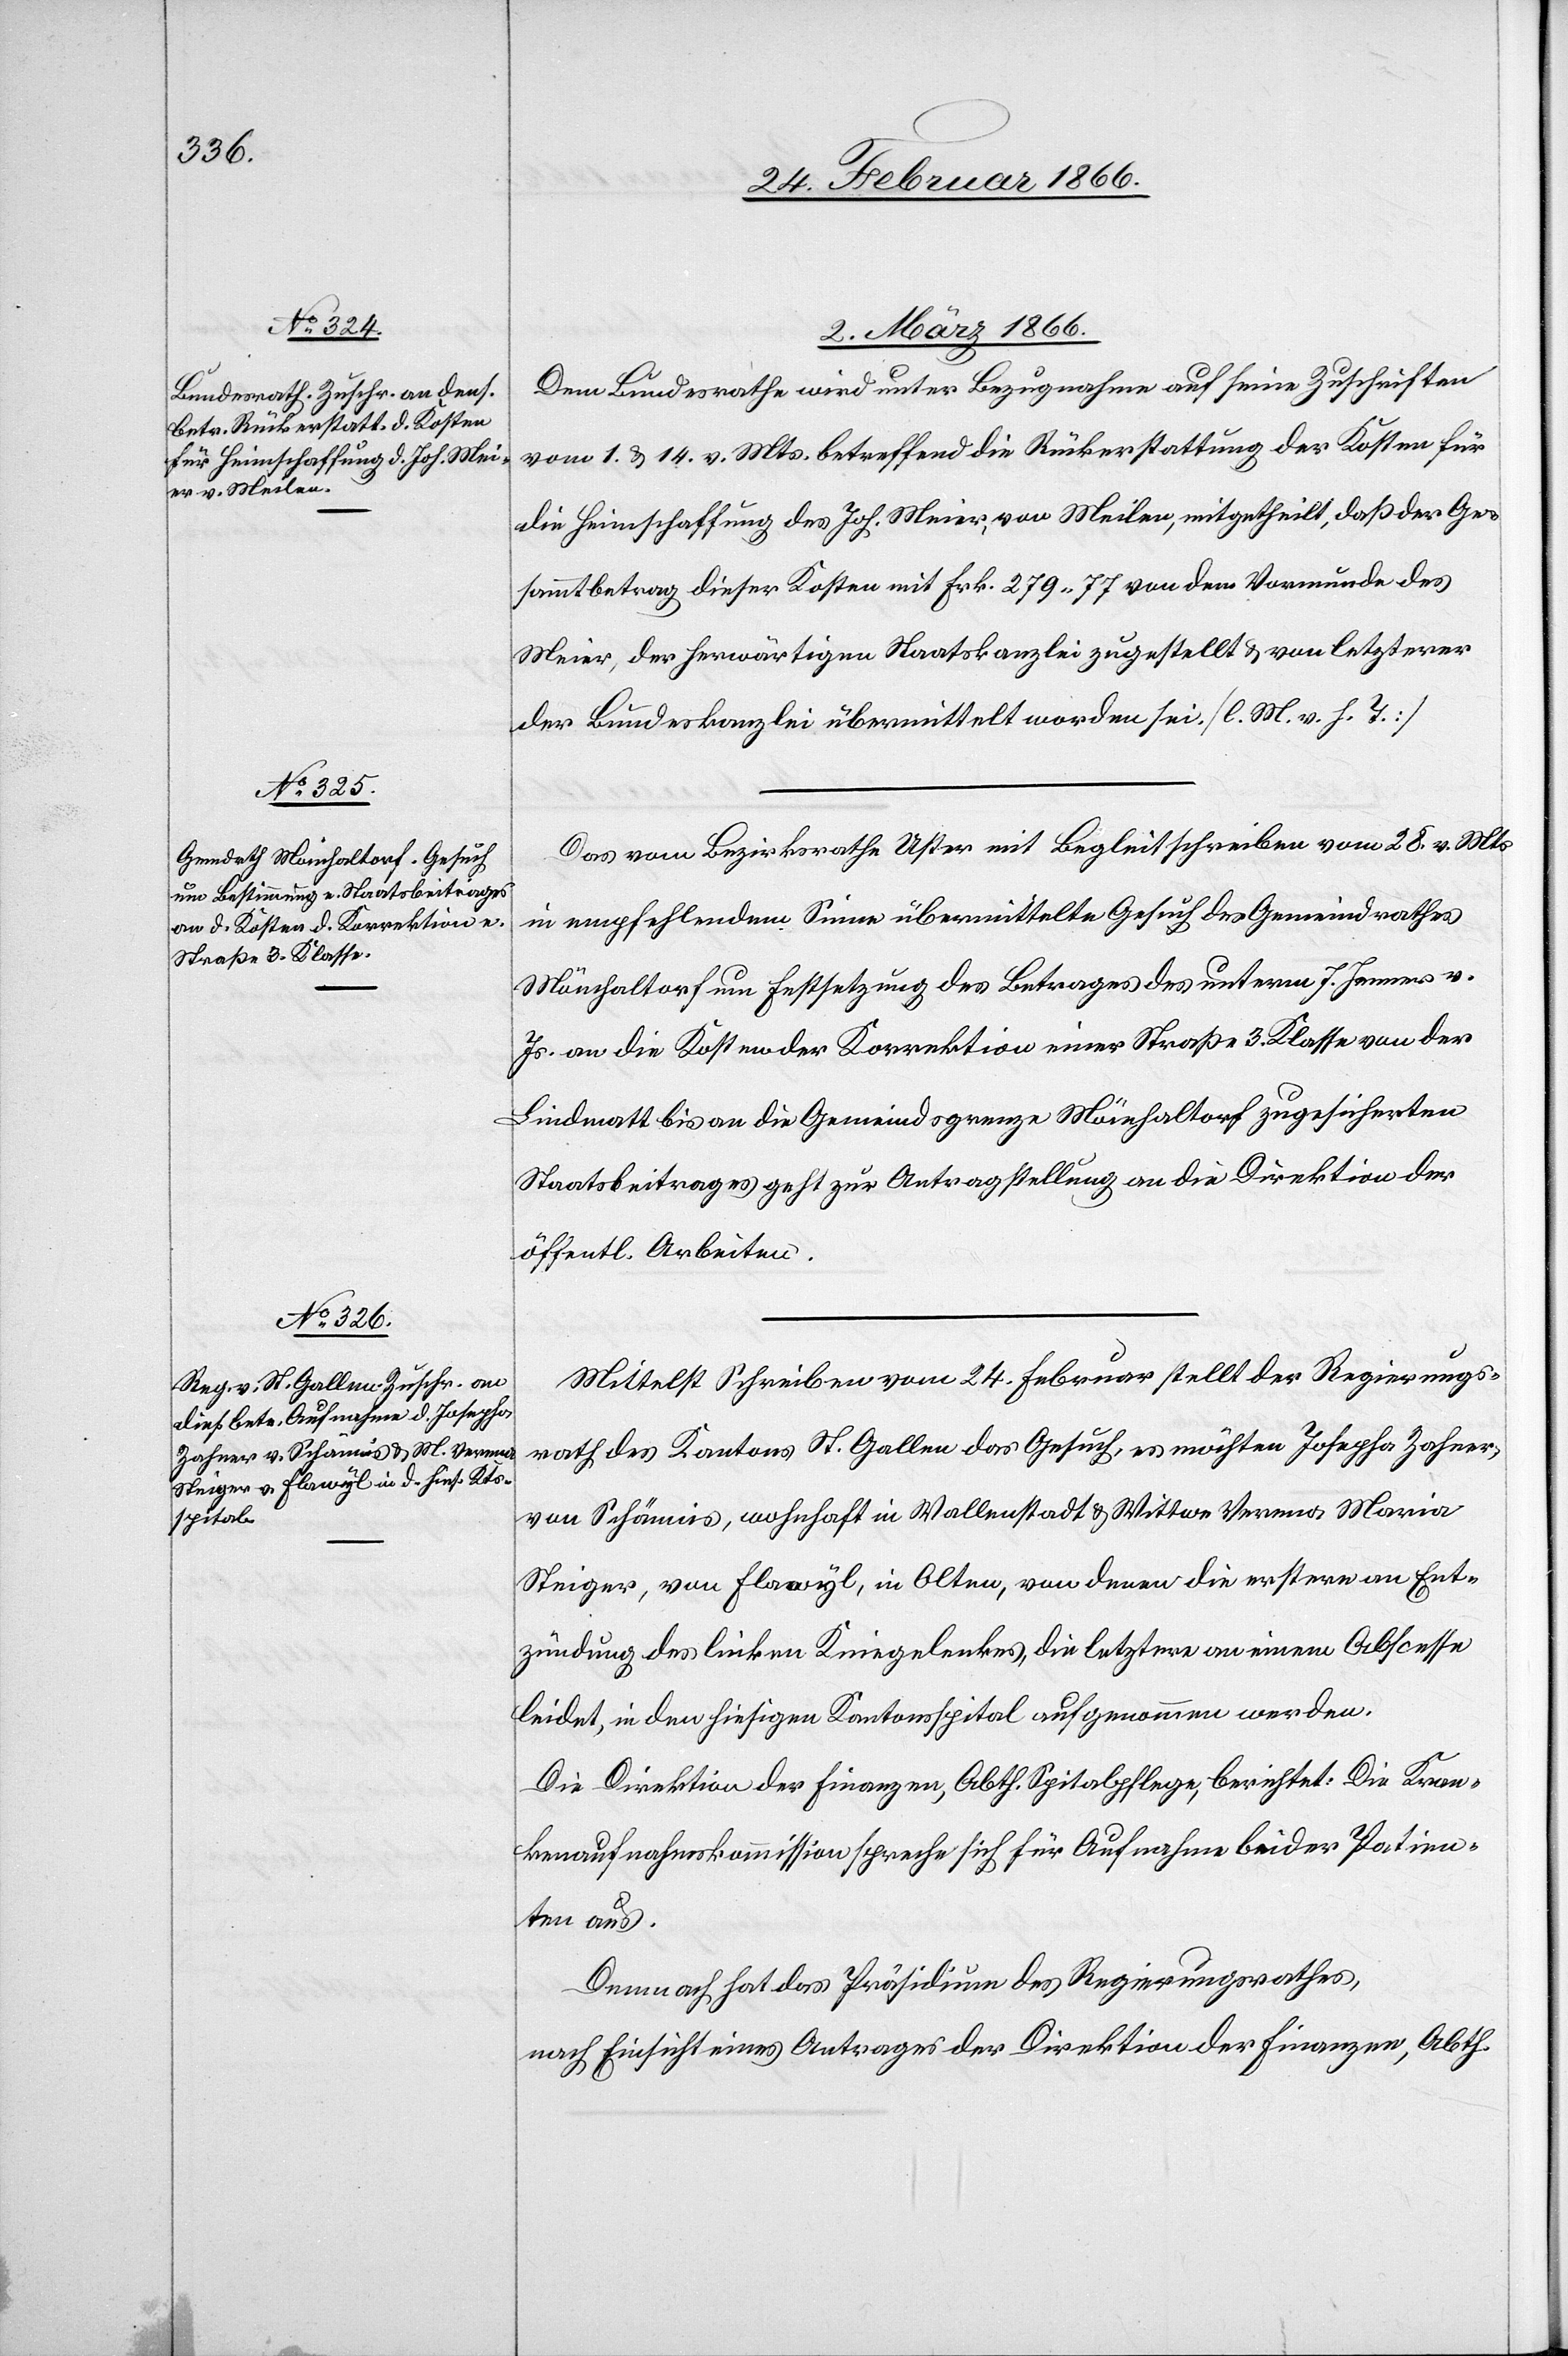
2. März 1866.]
Dem Bundesrath wird unter Bezugnahme auf seine Zuschriften
vom 1. u. 14. v. Mts. betreffend die Rückerstattung der Kosten für
die Heimschaffung des Joh. Meier, von Meilen, mitgetheilt, daß der Ge¬
sammtbetrag dieser Kosten mit Frk. 279,77 von dem Vormunde des
Meier, der herwärtigen Staatskanzlei zugestellt u. von letzterer
der Bundeskanzlei übermittelt worden sei. [l. M. v. h. T.]
Das vom Bezirksrathe Uster mit Begleitschreiben vom 28. v. Mts.
in empfehlendem Sinne übermittelte Gesuch des Gemeindrathes
Mönchaltorf um Festsetzung des Betrages des unterm 7. Jenner v.
Js. an die Kosten der Korrektion einer Straße 3. Klasse von der
Lindmatt bis an die Gemeindsgrenze Mönchaltorf zugesicherten
Staatsbeitrages geht zur Antragstellung an die Direktion der
öffentl. Arbeiten.
Mittelst Schreiben vom 24. Februar stellt der Regierungs¬
rath des Kantons St. Gallen das Gesuch, es möchten Josepha Zahner,
von Schännis, wohnhaft in Wallenstadt u. Wittwe Verena Maria
Steiger, von Flawyl, in Olten, von denen die erstere an Ent¬
zündung des linken Kniegelenkes, die letztere an einem Abcesse
leidet, in den hiesigen Kantonsspital aufgenommen werden.
Die Direktion der Finanzen, Abth. Spitalpflege, berichtet: Die Kran¬
kenaufnahmskommission spreche sich für die Aufnahme beider Patien¬
ten aus.
Demnach hat das Präsidium des Regierungsrathes,
nach Einsicht eines Antrages der Direktion der Finanzen, Abth.